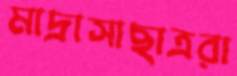
মাদ্রাসাছাত্ররা